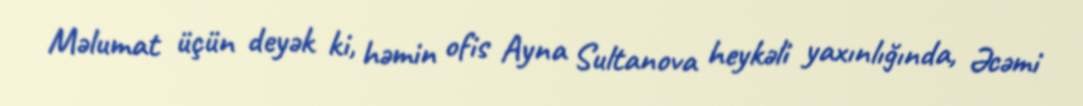
Məlumat üçün deyək ki, həmin ofis Ayna Sultanova heykəli yaxınlığında, Əcəmi